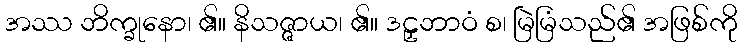
အဿ ဘိက္ခုနော၊ ၏။ နိသဇ္ဇာယ၊ ၏။ ဒဠှဘာဝံ စ၊ မြဲမြံသည်၏ အဖြစ်ကို